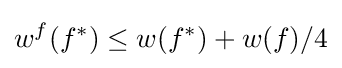
w^{f}(f^{*})\leq w(f^{*})+w(f)/4